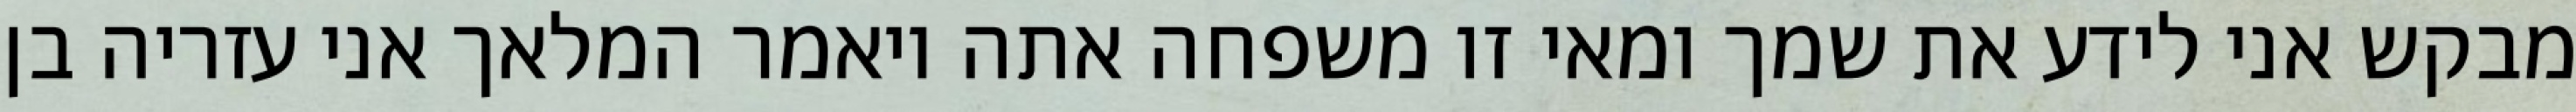
מבקש אני לידע את שמך ומאי זו משפחה אתה ויאמר המלאך אני עזריה בן